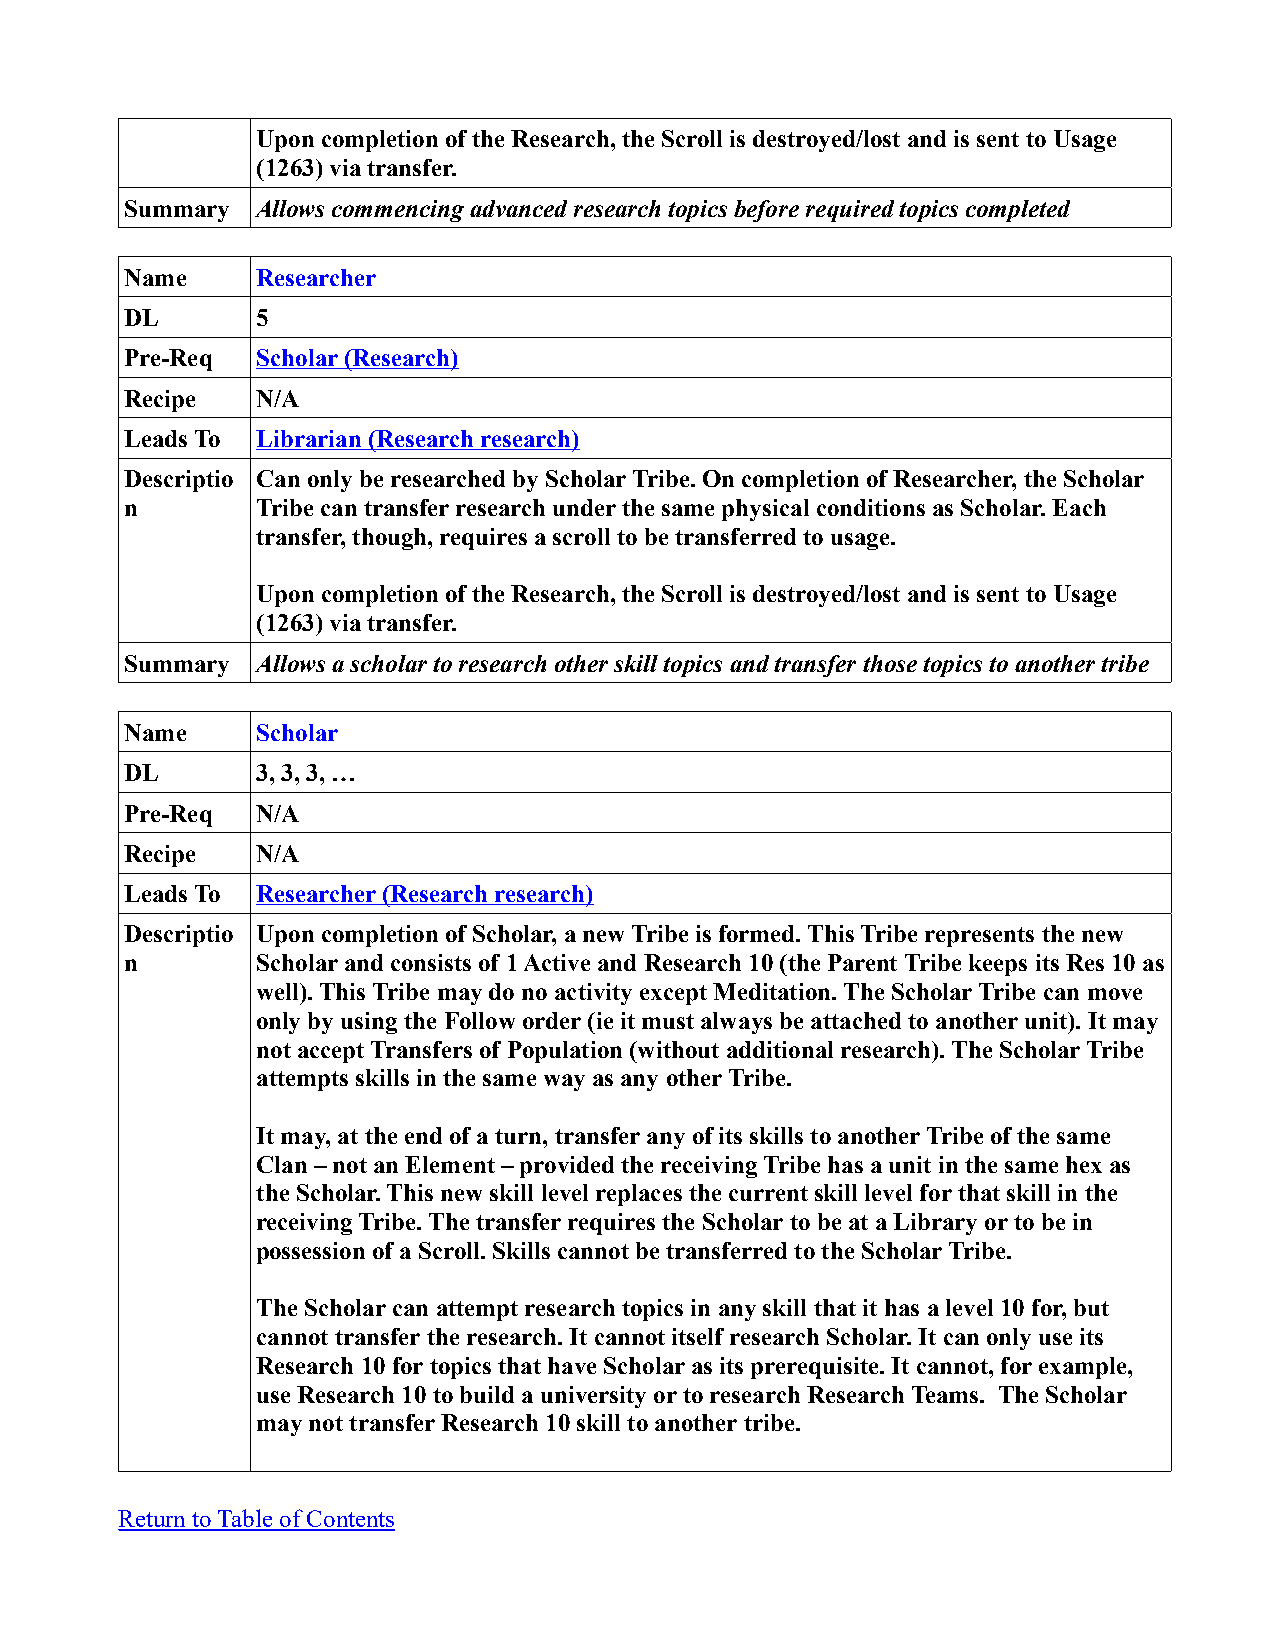
Upon completion of the Research, the Scroll is destroyed/lost and is sent to Usage
 (1263) via transfer.
 Summary  Allows commencing advanced research topics before required topics completed
 Name     Researcher
 DL       5
 Pre-Req  Scholar (Research)
 Recipe   N/A
 Leads To Librarian (Research research)
 Descriptio Can only be researched by Scholar Tribe. On completion of Researcher, the Scholar
 n        Tribe can transfer research under the same physical conditions as Scholar. Each
 transfer, though, requires a scroll to be transferred to usage.
 Upon completion of the Research, the Scroll is destroyed/lost and is sent to Usage
 (1263) via transfer.
 Summary  Allows a scholar to research other skill topics and transfer those topics to another tribe
 Name     Scholar
 DL       3, 3, 3, …
 Pre-Req  N/A
 Recipe   N/A
 Leads To Researcher (Research research)
 Descriptio Upon completion of Scholar, a new Tribe is formed. This Tribe represents the new
 n        Scholar and consists of 1 Active and Research 10 (the Parent Tribe keeps its Res 10 as
 well). This Tribe may do no activity except Meditation. The Scholar Tribe can move
 only by using the Follow order (ie it must always be attached to another unit). It may
 not accept Transfers of Population (without additional research). The Scholar Tribe
 attempts skills in the same way as any other Tribe.
 It may, at the end of a turn, transfer any of its skills to another Tribe of the same
 Clan – not an Element – provided the receiving Tribe has a unit in the same hex as
 the Scholar. This new skill level replaces the current skill level for that skill in the
 receiving Tribe. The transfer requires the Scholar to be at a Library or to be in
 possession of a Scroll. Skills cannot be transferred to the Scholar Tribe.
 The Scholar can attempt research topics in any skill that it has a level 10 for, but
 cannot transfer the research. It cannot itself research Scholar. It can only use its
 Research 10 for topics that have Scholar as its prerequisite. It cannot, for example,
 use Research 10 to build a university or to research Research Teams. The Scholar
 may not transfer Research 10 skill to another tribe.
 Return to Table of Contents